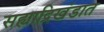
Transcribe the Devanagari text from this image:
सह्याद्रिखंडात